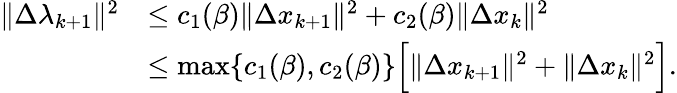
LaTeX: \begin{array}{rl}{\| \Delta\lambda_{k+1}\| ^{2}}&{\leq c_{1}(\beta)\| \Delta x_{k+1}\| ^{2}+c_{2}(\beta)\| \Delta x_{k}\| ^{2}}\\ &{\leq\operatorname*{max}\{ c_{1}(\beta),c_{2}(\beta)\} \Big[\| \Delta x_{k+1}\| ^{2}+\| \Delta x_{k}\| ^{2}\Big].}\end{array}